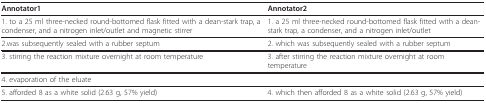
| Annotator1 | Annotator2 |
 | --- | --- |
 | 1. to a 25 ml three-necked round-bottomed flask fitted with a dean-stark trap, a condenser, and a nitrogen inlet/outlet and magnetic stirrer | 1. a 25 ml three-necked round-bottomed flask fitted with a dean-stark trap, a condenser, and a nitrogen inlet/outlet |
 | 2.was subsequently sealed with a rubber septum | 2. which was subsequently sealed with a rubber septum |
 | 3. stirring the reaction mixture overnight at room temperature | 3. after stirring the reaction mixture overnight at room temperature |
 | 4. evaporation of the eluate |  |
 | 5. afforded 8 as a white solid (2.63 g, 57% yield) | 4. which then afforded 8 as a white solid (2.63 g, 57% yield) |